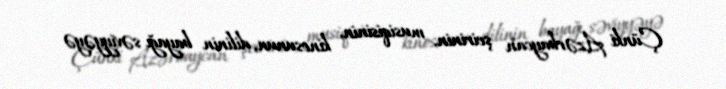
Çünki Azərbaycan şeirinin, musiqisinin, kinosunun, dilinin bayağı səviyyəyə